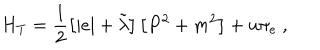
H _ { T } = \frac { 1 } { 2 } \left[ | e | + \tilde { \lambda } \right] \left[ P ^ { 2 } + m ^ { 2 } \right] + u \pi _ { e } \ ,